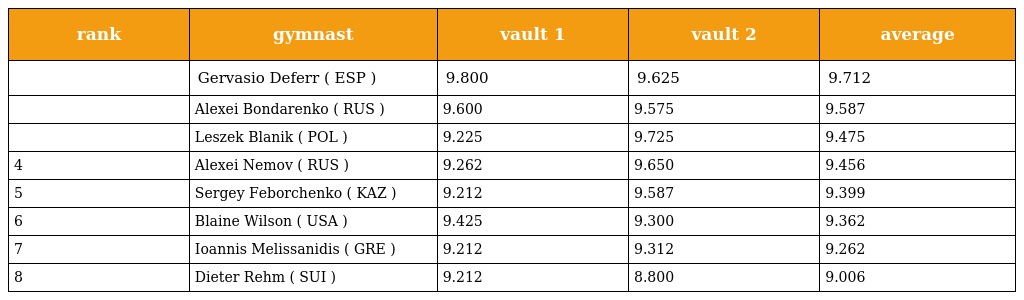
| rank | gymnast | vault 1 | vault 2 | average |
 | --- | --- | --- | --- | --- |
 |  | Gervasio Deferr ( ESP ) | 9.800 | 9.625 | 9.712 |
 |  | Alexei Bondarenko ( RUS ) | 9.600 | 9.575 | 9.587 |
 |  | Leszek Blanik ( POL ) | 9.225 | 9.725 | 9.475 |
 | 4 | Alexei Nemov ( RUS ) | 9.262 | 9.650 | 9.456 |
 | 5 | Sergey Feborchenko ( KAZ ) | 9.212 | 9.587 | 9.399 |
 | 6 | Blaine Wilson ( USA ) | 9.425 | 9.300 | 9.362 |
 | 7 | Ioannis Melissanidis ( GRE ) | 9.212 | 9.312 | 9.262 |
 | 8 | Dieter Rehm ( SUI ) | 9.212 | 8.800 | 9.006 |